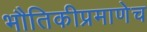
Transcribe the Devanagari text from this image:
भौतिकीप्रमाणेच